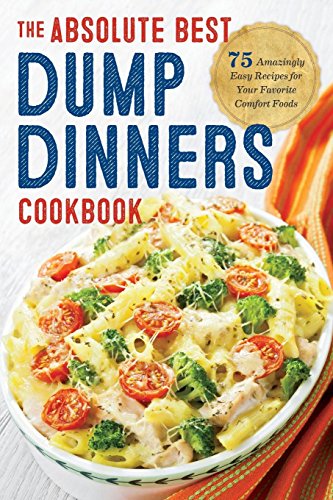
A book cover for Dump Dinners: The Absolute Best Dump Dinners Cookbook with 75 Amazingly Easy Recipes; Rockridge Press; Cookbooks, Food & Wine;